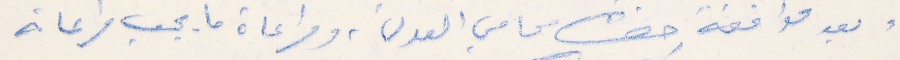
وبعد موافقة حضرة محامي العدل، ومراعاة ما يجب مراعاته